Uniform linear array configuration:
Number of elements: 8
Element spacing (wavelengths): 1
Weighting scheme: binomial
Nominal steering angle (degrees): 60
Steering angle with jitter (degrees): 60.257
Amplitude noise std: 0.05
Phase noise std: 0.05

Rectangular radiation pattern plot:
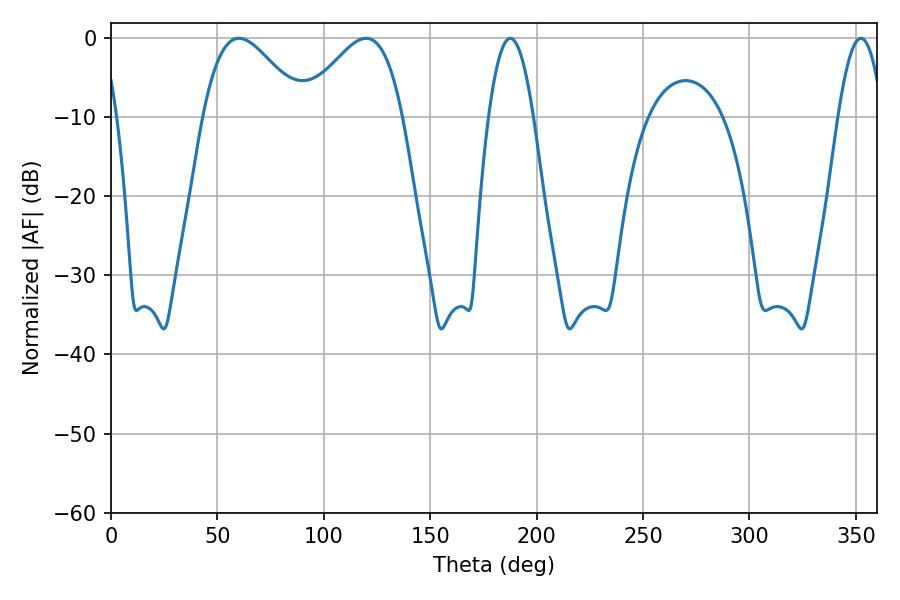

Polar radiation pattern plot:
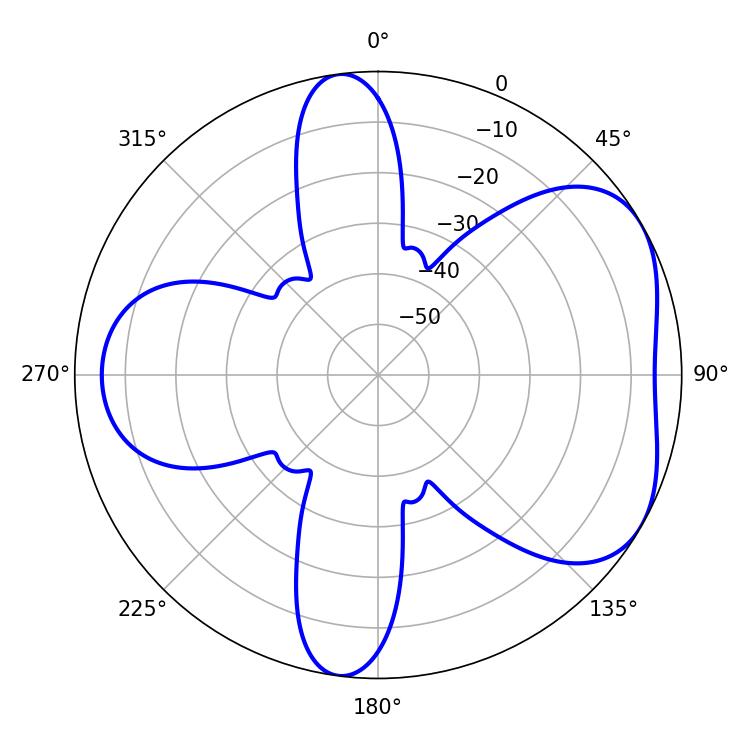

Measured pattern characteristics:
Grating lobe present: TRUE
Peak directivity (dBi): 4.883
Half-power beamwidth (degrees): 25.2
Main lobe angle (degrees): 60.12